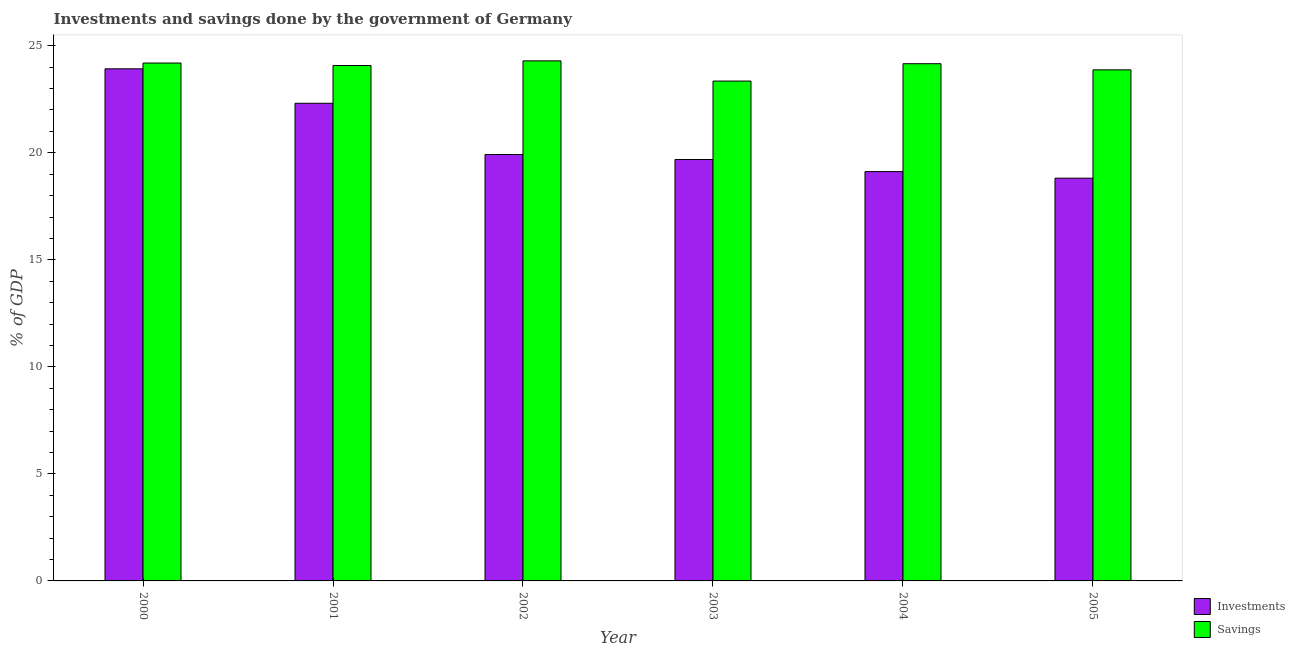
| Year | Investments | Savings |
 | --- | --- | --- |
 | 2000 | 23.9 | 24.2 |
 | 2001 | 22.3 | 24.1 |
 | 2002 | 19.9 | 24.3 |
 | 2003 | 19.7 | 23.4 |
 | 2004 | 19.1 | 24.2 |
 | 2005 | 18.8 | 23.9 |